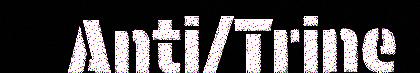
Anti/Trine